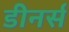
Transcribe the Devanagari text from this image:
डीनर्स